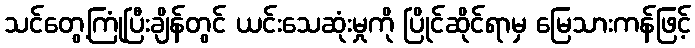
သင်တွေ့ကြုံပြီးချိန်တွင် ယင်းသေဆုံးမှုကို ပြိုင်ဆိုင်ရာမှ မြေသားကန်ဖြင့်